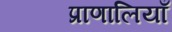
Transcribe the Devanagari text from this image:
प्राणालियाँ